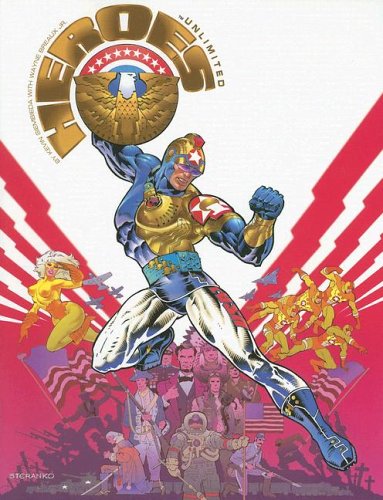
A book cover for Palladium Books Presents: Heroes Unlimited; Kevin Siembieda; Science Fiction & Fantasy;